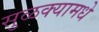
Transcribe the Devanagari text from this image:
सुळक्यामधे